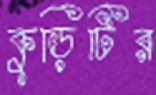
কুড়িটির